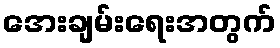
အေးချမ်းရေးအတွက်